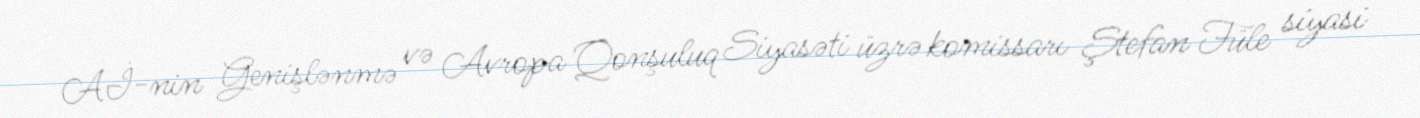
Aİ-nin Genişlənmə və Avropa Qonşuluq Siyasəti üzrə komissarı Ştefan Füle siyasi